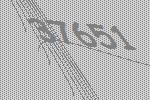
37651